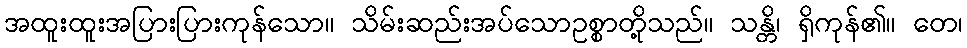
အထူးထူးအပြားပြားကုန်သော။ သိမ်းဆည်းအပ်သောဥစ္စာတို့သည်။ သန္တိ၊ ရှိကုန်၏။ တေ၊